Sleeping sickness
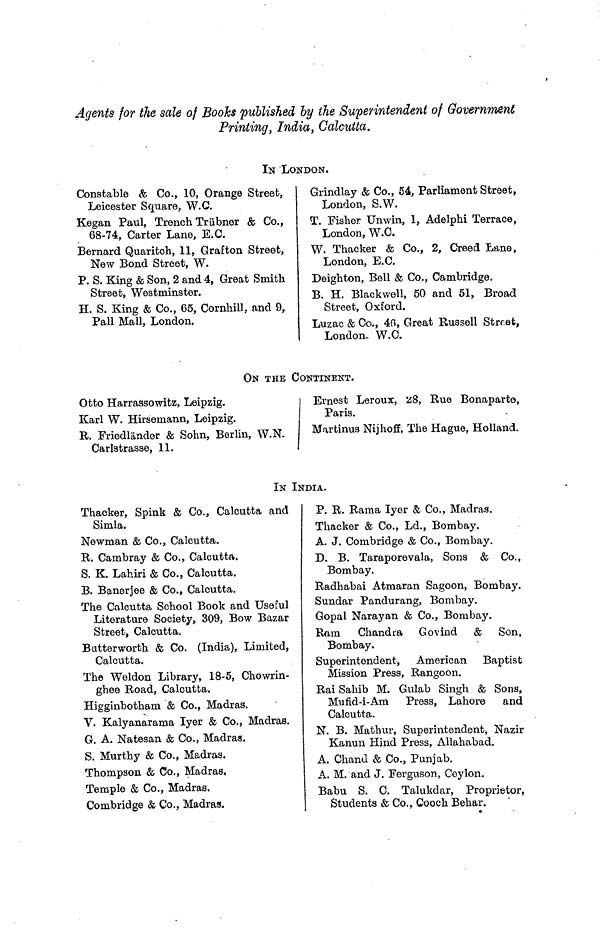
Agents for the sale of Books published by the Superintendent of Government
Printing, India, Calcutta.
IN LONDON.
Constable & Co., 10, Orange Street,
Leicester Square, W.C.
Kegan Paul, Trench Triibner & Co.,
68-74, Carter Lane E.G.
Bernard Quaritch, 11, Graf ton Street,
New Bond Street, W.
P. S. King & Son, 2 and 4, Great Smith
Street, Westminster.
H. S. King & Co., 65, Cornhill, and 9,
Pall Mall, London.
Grindlay £ Co., 54, Parliament Street,
London, S.W.
T. Fisher Umvin, 1, Adelphi Terrace,
T.rmdrm W C
J^t\Jii^L\Jl-ly
Tf •V*'·
W. Thacker & Co., 2, Creed Lane,
London, E.G.
Deighton, Bell & Co., Cambridge.
B. H. Blackwell, 50 and 51, Broad
Street, Oxford.
Luzac & Co., 40, Great Russell Strr.et,
London.. W.C.
ON THE CONTINENT.
Otto Harrassowitz, Leipzig.
Karl W. Hirsemann, Leipzig.
R. Friedlander & Sohn, Berlin, W.N.
Carlstrasse, 11.
Ernest Leroux, 28, Rue Bonaparte,
Paris.
Martinus Nijhoff, The Hague, Holland.
IN INDIA.
Thacker, Spink & Co., Calcutta and
Simla.
Newman & Co., Calcutta.
R. Cambray & Co., Calcutta.
S. K. Lahiri & Co., Calcutta.
B. Banerjee & Co., Calcutta.
The Calcutta School Book and Useful
Literature Society, 309, Bow Bazar
Street, Calcutta.
Biitterworth & Co. (India), Limited,
Calcutta.
The Weldon Library, 18-5, Chowrin-
ghee Road, Calcutta.
Higginbotham & Co., Madras.
V. Kalyanarama Iyer & Co., Madras.
G. A. Natesan & Co., Madras.
S. Murthy & Co., Madras.
Thompson & Co., Madras,
Temple & Co., Madras.
Combridge & Co., Madras.
P. R. Rama Iyer & Co., Madras.
Thacker & Co., Ld., Bombay.
A. J. Combridge & Co., Bombay.
D. B. Taraporevala, Sons & Co.,
Bombay.
Radhabai Atmaran Sagoon, Bombay.
Sundar Pandurang, Bombay.
Gopal Narayan & Co., Bombay.
Ram Chandra Govind & Son,
Bombay.
Superintendent, American Baptist
Mission Press, Rangoon.
Rai Sahib M. Gulab Singh & Sons,
Mufid-i-Am Press, Lahore and
Calcutta.
N. B. Mathur, Superintendent, Nazir
Kanuii Hind Press, Allahabad.
A. Chand & Co., Punjab.
A. M. and J. Ferguson, Ceylon.
Babu S. C. Talukdar, Proprietor,
Students & Co., Cooch Behar.